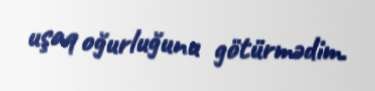
uşaq oğurluğunu götürmədim.